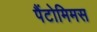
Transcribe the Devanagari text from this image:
पैंटोमिमस